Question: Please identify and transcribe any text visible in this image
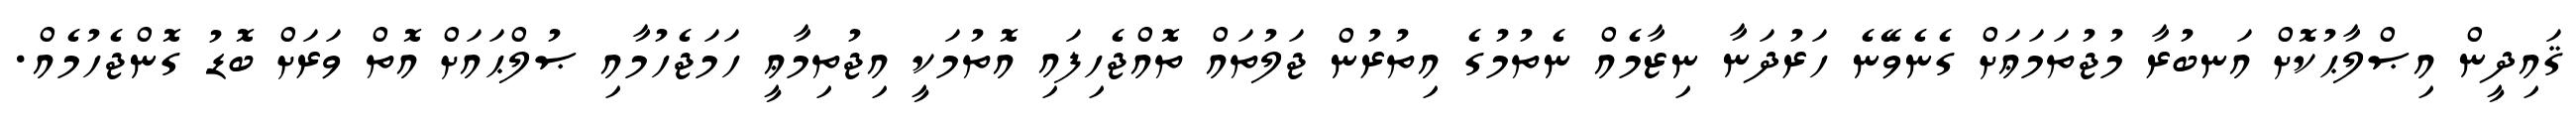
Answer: ޤައިދީން އިޞްލާޙުކޮށް އަނބުރާ މުޖުތަމަޢަށް ގެނެވޭނެ ހަރުދަނާ ނިޒާމެއް ނެތުމުގެ އިތުރުން ޖަލުތައް ތޮއްޖެހިފައި އޮތުމަކީ އިޖުތިމާޢީ ހަމަޖެހުމާއި ޞުލްޙައަށް އޮތް ވަރަށް ބޮޑު ގޮންޖެހުމެއް.